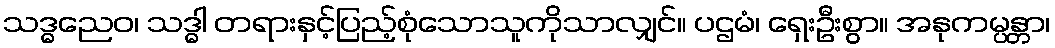
သဒ္ဓညေဝ၊ သဒ္ဓါ တရားနှင့်ပြည့်စုံသောသူကိုသာလျှင်။ ပဌမံ၊ ရှေးဦးစွာ။ အနုကမ္ပန္တာ၊